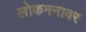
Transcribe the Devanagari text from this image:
लोकमनावर